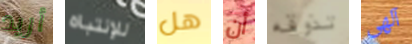
أريد للإنتباه هل أن تذوقه آلهى